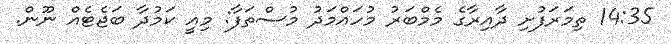
14:35 ތިމަރަފުށި ދާއިރާގެ މެމްބަރު މުހައްމަދު މުސްތަފާ: މިއީ ކަމުދާ ބަޖެޓެއް ނޫން.